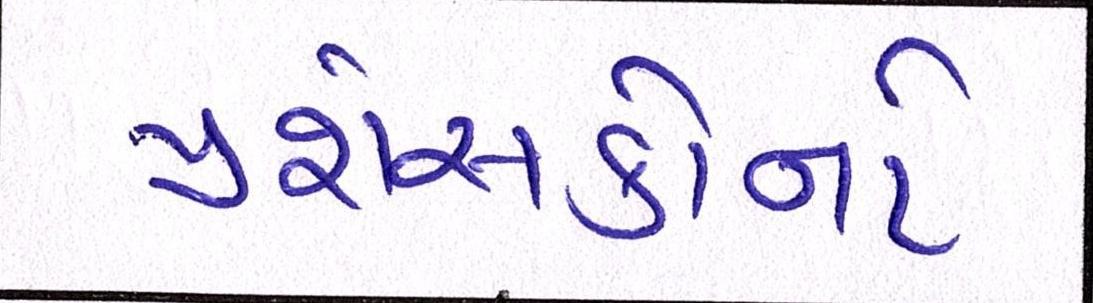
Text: પ્રશંસકોનો